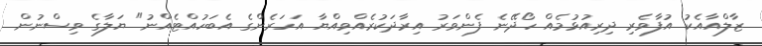
ޒާލްއާއެކު އުފާވެރި ދިރިއުޅުމެއް ހޯދޭނެ ފެންވަރު އިރާދަކުރެއްވިއްޔާ އަހަރެންގެ އެބަހުއްޓެއްނު" ޔަލާގެ ވިސްނުން